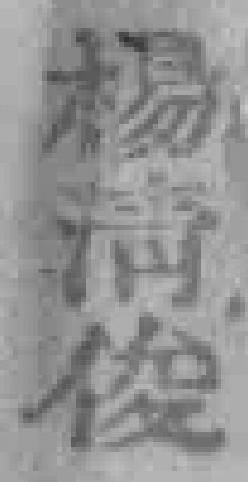
楊清俊